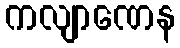
ကလျာဏေန